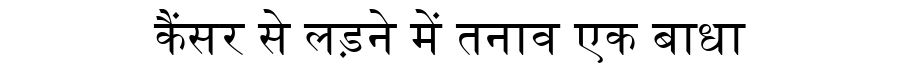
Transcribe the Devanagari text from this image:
कैंसर से लड़ने में तनाव एक बाधा